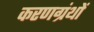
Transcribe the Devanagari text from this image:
करणग्रंथों